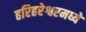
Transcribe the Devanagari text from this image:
हरिहरेश्वरमध्ये